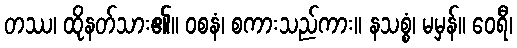
တဿ၊ ထိုနတ်သား၏။ ဝစနံ၊ စကားသည်ကား။ နသစ္စံ၊ မမှန်။ ဝေရီ၊